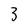
Character: 3